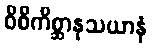
ဝိစိကိစ္ဆာနုသယာနံ